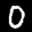
Label: 0